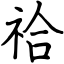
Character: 祫